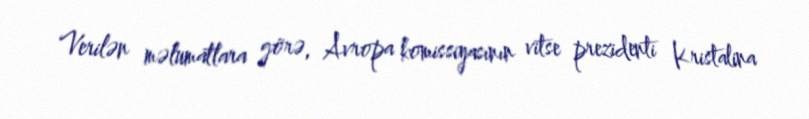
Verilən məlumatlara görə, Avropa komissiyasının vitse prezidenti Kristalina